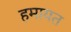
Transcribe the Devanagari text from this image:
हमायत